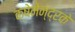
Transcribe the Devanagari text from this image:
क्षेमेन्द्रके